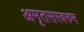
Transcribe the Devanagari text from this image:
अमृतसरवरुन